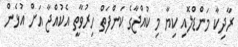
ރާދިކާ މަންޑްލޮއި ކިޔާ މި ކުއްޖާގެ ކަންފަތް ހިރުވާތީ އެކުއްޖާ އަށް އުޅެން